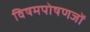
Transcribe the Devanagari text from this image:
विषमपोषणजों